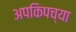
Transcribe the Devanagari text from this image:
अपकिपच्या